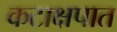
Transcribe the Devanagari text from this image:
कटाक्षपात